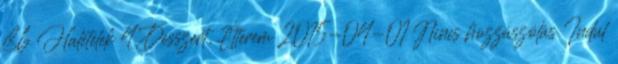
86 Halételek 4 Desszert, Étterem 2015-04-01 Nincs hozzászólás Indul